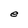
Character: e